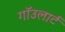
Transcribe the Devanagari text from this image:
गाॅउलार्ट